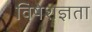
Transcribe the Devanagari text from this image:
विषेशज्ञता